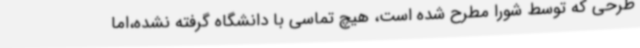
طرحی که توسط شورا مطرح شده است، هیچ تماسی با دانشگاه گرفته نشده،اما